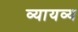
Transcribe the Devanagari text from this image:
व्यायव्य